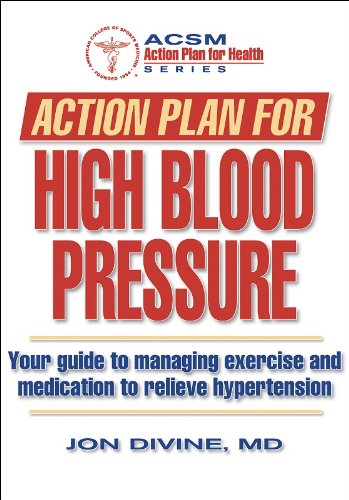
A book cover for Action Plan for High Blood Pressure (Action Plan for Health); Jon Divine; Health, Fitness & Dieting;